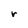
Character: r